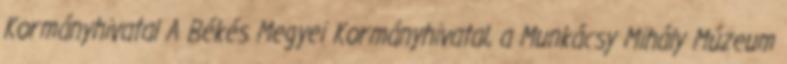
Kormányhivatal A Békés Megyei Kormányhivatal, a Munkácsy Mihály Múzeum